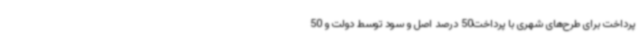
پرداخت برای طرح‌های شهری با پرداخت50 درصد اصل و سود توسط دولت و 50